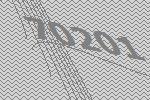
70201